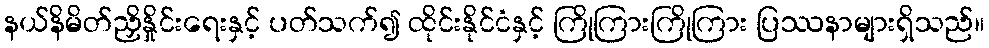
နယ်နိမိတ်ညှိနှိုင်းရေးနှင့် ပတ်သက်၍ ထိုင်းနိုင်ငံနှင့် ကြိုကြားကြိုကြား ပြဿနာများရှိသည်။